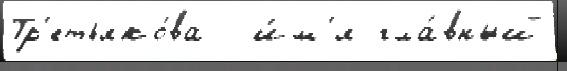
Тр'етьяко́ва - и́м'я гла́вный